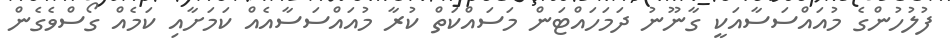
ފުލުހުންގެ މުއައްސަސާއަކީ ގާނޫނު ދަމަހައްޓަން މަސައްކަތް ކުރާ މުއައްސަސާއެއް ކަމަށާއި ކަމެއް ގޯސްވެގެން